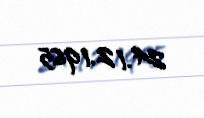
24.12.1965